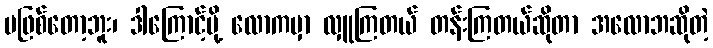
မဖြစ်တော့ဘူး၊ ဒါကြောင့်မို့ လောကမှာ လှူကြတယ် တန်းကြတယ်ဆိုတာ အလောဘဆိုတဲ့